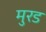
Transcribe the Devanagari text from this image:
मुरड